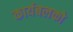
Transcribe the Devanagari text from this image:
कार्यबलको